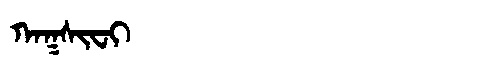
Manchu: ᡴᠠᡴᠰᡳᠸᡳ
Romanization: KAKSIFI